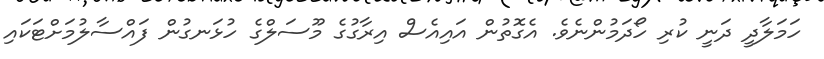
ހަމަލާދީ ދަނީ ކުރި ހޯދަމުންނެވެ. އެގޮތުން އައިއެސް އިރާގުގެ މޫސަލްގެ ހުޅަނގުން ފައްސާލުމަށްޓަކައި